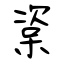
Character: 楶